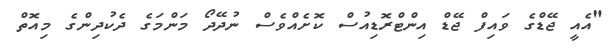
"އެއީ ޖޭޑްގެ ވައިފް ޖޭޑް އިންޓްރޮޑިއުސް ކޮށެއްވެސް ނުދޭދޯ މަންމަގެ ދެކުދިންގެ މިއޮތް